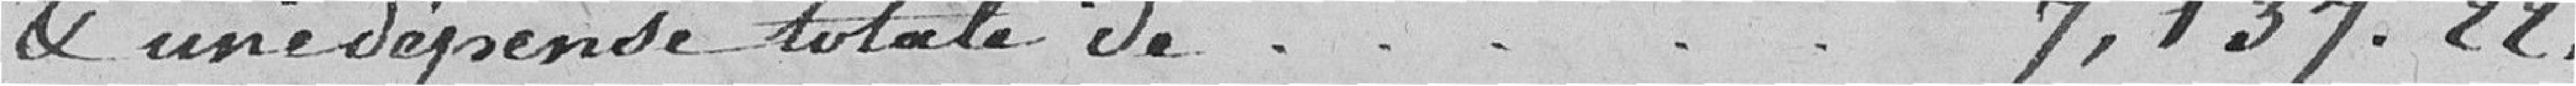
& une dépense totale de 7,137.22,